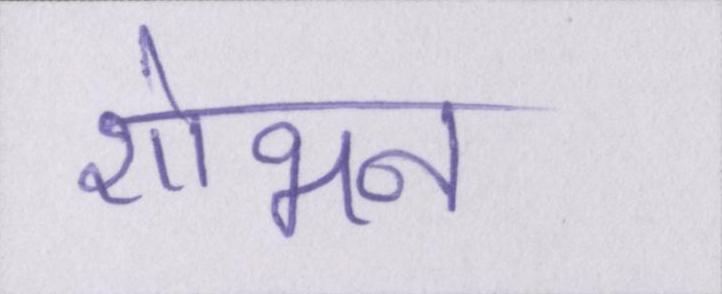
शोभन